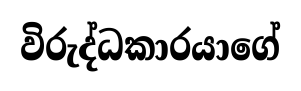
විරුද්ධකාරයාගේ